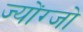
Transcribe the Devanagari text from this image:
ज्योंग्जो